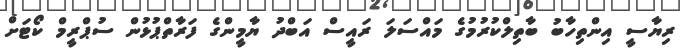
ރިޔާސީ އިންތިހާބު ބާތިލްކުރުމުގެ މައްސަލަ ރައީސް އަބްދު ޔާމީންގެ ފަރާތްޕުޅުން ސުޕްރީމް ކޯޓަށް